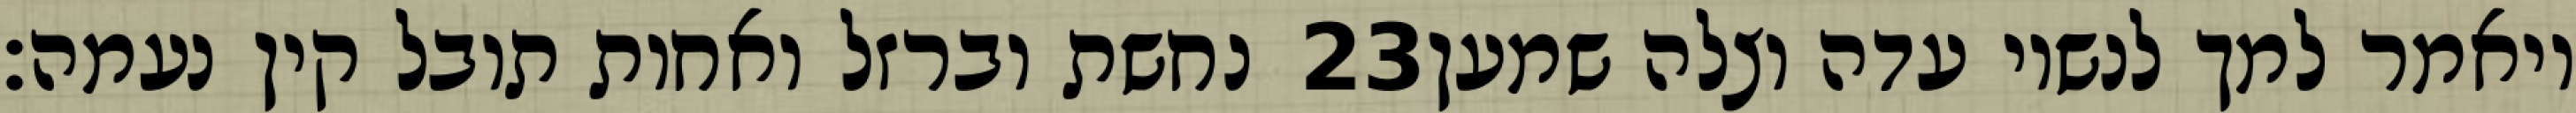
נחשת וברזל ואחות תובל קין נעמה׃ ‎23‏ ויאמר למך לנשיו עדה וצלה שמען